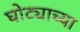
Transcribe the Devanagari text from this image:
घोट्याच्या